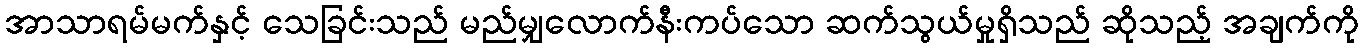
အာသာရမ်မက်နှင့် သေခြင်းသည် မည်မျှလောက်နီးကပ်သော ဆက်သွယ်မှုရှိသည် ဆိုသည့် အချက်ကို